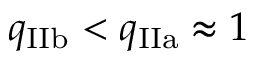
q _ { \mathrm { I I b } } < q _ { \mathrm { I I a } } \approx 1